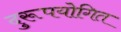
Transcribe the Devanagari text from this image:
दुरूपयोगित